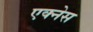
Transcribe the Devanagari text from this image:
एक्नेस